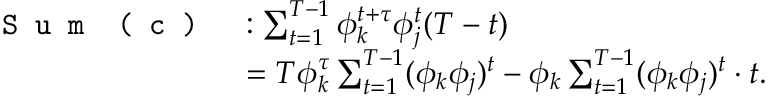
\begin{array} { r l } { \texttt { S u m } \texttt { ( c ) } } & { : \sum _ { t = 1 } ^ { T - 1 } \phi _ { k } ^ { t + \tau } \phi _ { j } ^ { t } ( T - t ) } \\ & { = T \phi _ { k } ^ { \tau } \sum _ { t = 1 } ^ { T - 1 } ( \phi _ { k } \phi _ { j } ) ^ { t } - \phi _ { k } \sum _ { t = 1 } ^ { T - 1 } ( \phi _ { k } \phi _ { j } ) ^ { t } \cdot t . } \end{array}